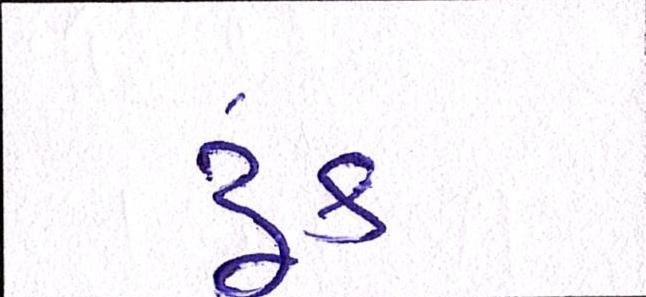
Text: ટૂંક